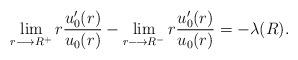
LaTeX: \begin{align*}\lim_{r\longrightarrow R^{+}}r\frac{u_{0}^{\prime}(r)}{u_{0}(r)}-\lim_{r\longrightarrow R^{-}}r\frac{u_{0}^{\prime}(r)}{u_{0}(r)}=-\lambda(R).\end{align*}